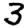
Digit: 3